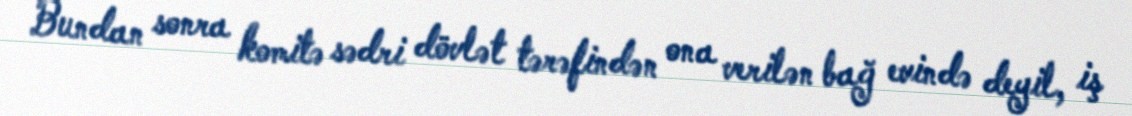
Bundan sonra komitə sədri dövlət tərəfindən ona verilən bağ evində deyil, iş